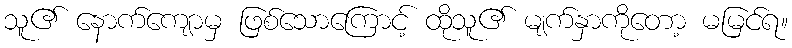
သူ၏ နောက်ကျောမှ ဖြစ်သောကြောင့် ထိုသူ၏ မျက်နှာကိုတော့ မမြင်ရ။